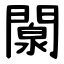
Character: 闎